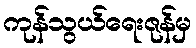
ကုန်သွယ်ရေးဇုန်မှ